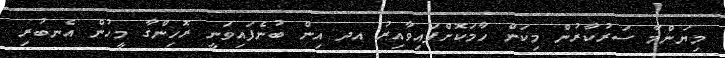
މިޔަންމާ ސަރުކާރުން މިކަން ހާމަކޮށްފައިވާއިރު އދ އިން ބުނެފައިވަނީ ރޮހިންގާ މީހުން އެނބުރި